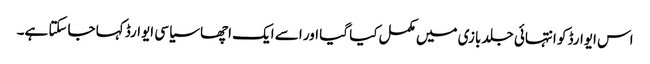
اس ایوارڈ کو انتہائی جلد بازی میں مکمل کیا گیا اور اسے ایک اچھا سیاسی ایوارڈ کہا جاسکتا ہے۔